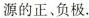
源的正、负极.